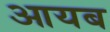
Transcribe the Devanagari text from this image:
आयब